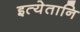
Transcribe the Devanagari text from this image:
इत्येतानि